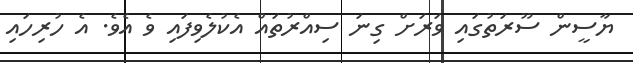
ޔާސީން ސޫރަތުގައި ވަރަށް ގިނަ ސިއްރުތައް އެކުލެވިފައި ވެ އެވެ. އެ ހުރިހައި